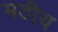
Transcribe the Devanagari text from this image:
मठीय